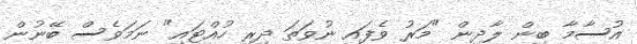
އުސާމާ ބިން ލާދިން "މަރު ވެފައި ނުވަތަ ދިރި ހުއްޓައި" ނަމަވެސް ބޭނުން